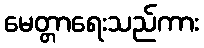
မေတ္တာရေးသည်ကား